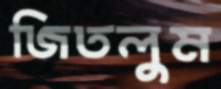
জিতলুম